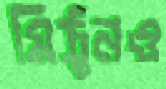
মিঠুনও